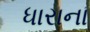
ધારાના